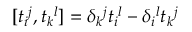
[ t _ { i } { } ^ { j } , t _ { k } { } ^ { l } ] = \delta _ { k } { } ^ { j } t _ { i } { } ^ { l } - \delta _ { i } { } ^ { l } t _ { k } { } ^ { j }